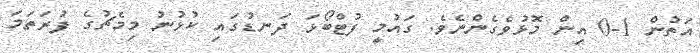
އަތުން 1-0 އިން މޮޅުވެގެންނެވެ. ގައުމީ ފުޓްބޯޅަ ދަނޑުގައި ކުޅުނު މިމެޗުގެ ފުރަތަމަ